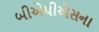
બીએપીએસના